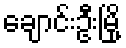
ချောင်းဦးမြို့